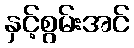
နှင့်စွမ်းအင်